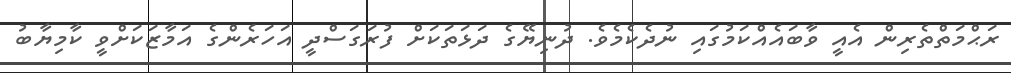
ރަޙްމަތްތެރިން އެއީ ވާބައެއްކަމުގައި ނުދެކެމެވެ. ދުނިޔޭގެ ދަޅަތަކަށް ފުރަގަސްދީ އަހަރެންގެ އަމާޒަކަށްވީ ކާމިޔާބު